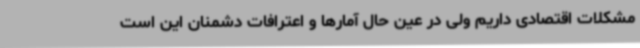
مشکلات اقتصادی داریم ولی در عین حال آمارها و اعترافات دشمنان این است